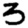
Digit: 3